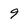
Character: 9